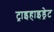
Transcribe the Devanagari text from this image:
ट्राइहाइड्रेट